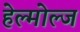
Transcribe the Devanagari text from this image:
हेल्मोल्ज